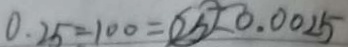
0 . 2 5 = 1 0 0 = \textcircled { 2 5 } = 0 . 0 0 2 5